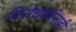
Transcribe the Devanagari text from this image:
विरोधकांनाही